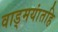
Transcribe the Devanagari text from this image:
वाड्मयांतहि